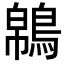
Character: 𪁼